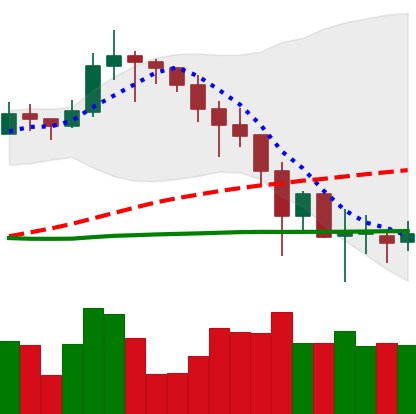
Ticker: LINK-USD
Chart end date: 2019-11-28
Forward return: -6.248%
Label: down_5_7